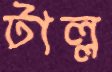
টাল্ল